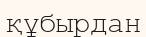
құбырдан